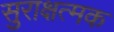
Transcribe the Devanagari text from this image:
सुराक्षत्मक